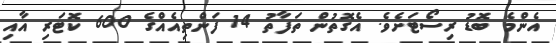
އެންމެ ބޮޑު ރިސޯޓަށެވެ. އެގޮތުން ތަފާތު 14 ފަންތިއެއްގެ 600 ކޮޓަރި އާއި